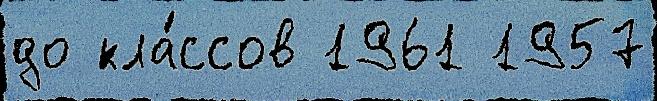
до кла́ссов 1961 1957